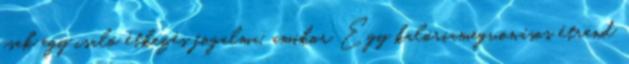
csak egy csaló étkezés fogalma, amikor Egy kalóriamegvonásos étrend